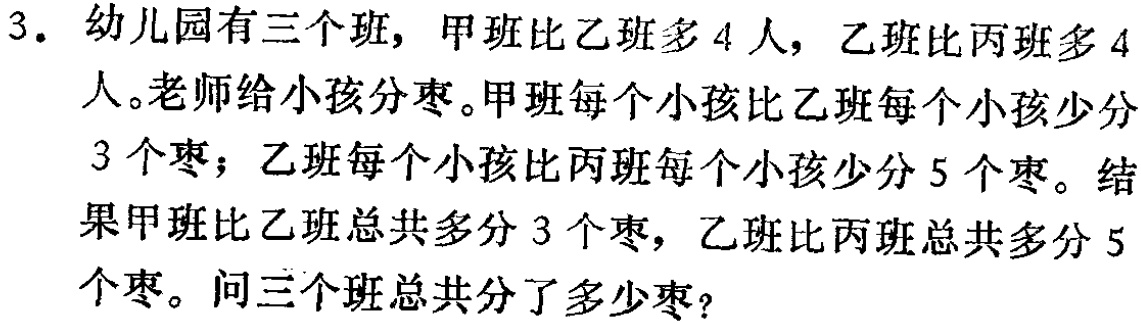
3. 幼儿园有三个班，甲班比乙班多 4 人，乙班比丙班多 4 人。老师给小孩分枣。甲班每个小孩比乙班每个小孩少分 3 个枣；乙班每个小孩比丙班每个小孩少分 5 个枣。结果甲班比乙班总共多分 3 个枣，乙班比丙班总共多分 5 个枣。问三个班总共分了多少枣？